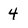
Character: 4